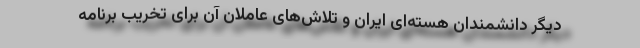
دیگر دانشمندان هسته‌ای ایران و تلاش‌های عاملان آن برای تخریب برنامه